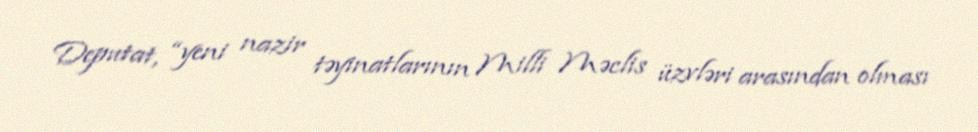
Deputat, “yeni nazir təyinatlarının Milli Məclis üzvləri arasından olması